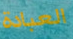
العبادة